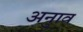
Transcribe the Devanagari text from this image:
अनुाव